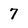
Character: 7